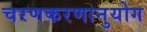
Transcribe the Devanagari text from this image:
चरणकरणानुयोग